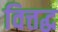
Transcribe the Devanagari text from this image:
वित्तद्ध